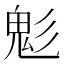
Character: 鬽